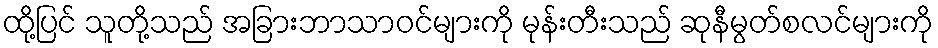
ထို့ပြင် သူတို့သည် အခြားဘာသာဝင်များကို မုန်းတီးသည် ဆုနီမွတ်စလင်များကို